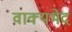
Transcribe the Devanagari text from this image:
वाक्यभेद